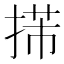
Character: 𢯨